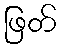
ဖြတ်